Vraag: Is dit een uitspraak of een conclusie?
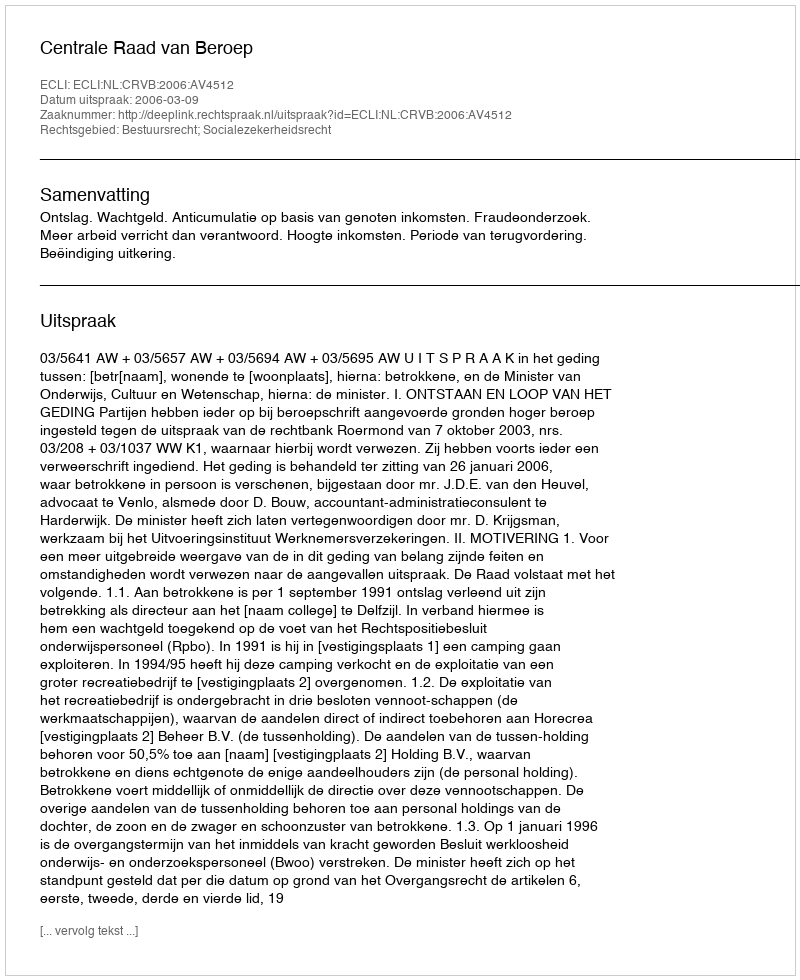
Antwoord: Uitspraak